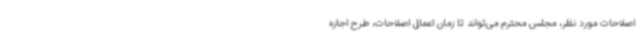
اصلاحات مورد نظر، مجلس محترم می‌تواند تا زمان اعمال اصلاحات، طرح اجازه